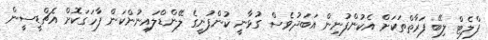
ފްލެޓް ލިބޭ ފަރާތްތަކަށް އެކުންފުނިން އަބަދުވެސް ގުޅާނީ ކުންފުނީގެ ލޭންޑްލައިނުންކަން ފާހަގަކޮށް އެޗްޑީސީން